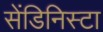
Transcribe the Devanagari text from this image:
सेंडिनिस्टा